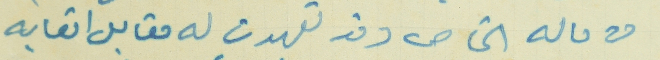
من ماله الخاص وقد تعهدت له مقابل اتعابه